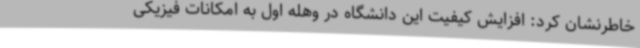
خاطرنشان کرد: افزایش کیفیت این دانشگاه در وهله اول به امکانات فیزیکی